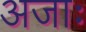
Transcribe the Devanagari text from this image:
अजाः